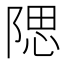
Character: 𨺯